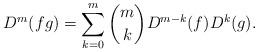
LaTeX: \begin{align*}D^m(fg) = \sum_{k=0}^m {m \choose k} D^{m-k}(f) D^k(g). \end{align*}